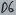
Text: D6